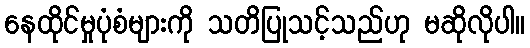
နေထိုင်မှုပုံစံများကို သတိပြုသင့်သည်ဟု မဆိုလိုပါ။